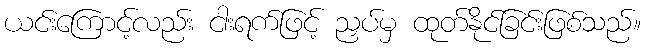
ယင်းကြောင့်လည်း ငါးရက်ဖြင့် ညှပ်မှ ထုတ်နိုင်ခြင်းဖြစ်သည်။